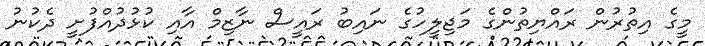
މީގެ އިތުރުން ރައްޔިތުންގެ މަޖިލީހުގެ ނައިބު ރައީސް ނާޒިމް އާއި ކުޅުދުއްފުށީ ދެކުނު